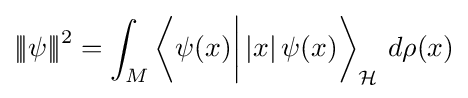
{|\!|\!|}\psi {|\!|\!|}^{2}=\int _{M}\left\langle \psi (x){\bigg |}\,|x|\,\psi (x)\right\rangle _{\mathcal {H}}{\,}d\rho (x)